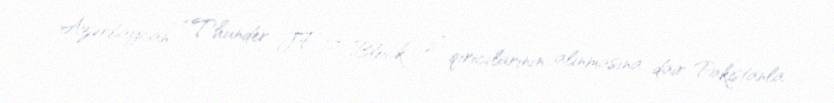
Azərbaycan “Thunder JF-17 Block 2” qırıcılarının alınmasına dair Pakistanla